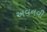
અવનવી